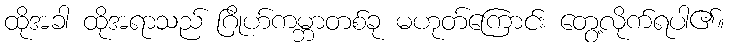
ထိုအခါ ထိုအရာသည် ဂြိုဟ်ကမ္ဘာတစ်ခု မဟုတ်ကြောင်း တွေ့လိုက်ရပါ၏။